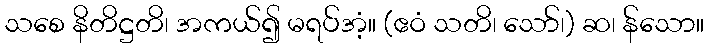
သစေ နိတိဋ္ဌတိ၊ အကယ်၍ မရပ်အံ့။ (ဧဝံ သတိ၊ သော်၊) ဆ၊ န်သော။